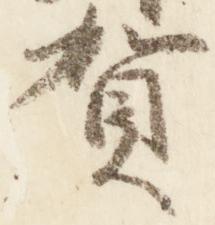
賀